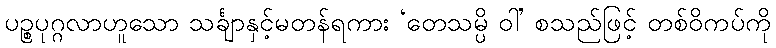
ပဉ္စပုဂ္ဂလာဟူသော သင်္ချာနှင့်မတန်ရကား ‘တေသမ္ပိ ဝါ’ စသည်ဖြင့် တစ်ဝိကပ်ကို